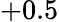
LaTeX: +0.5